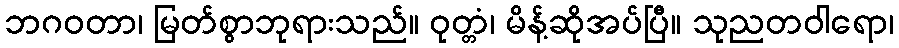
ဘဂဝတာ၊ မြတ်စွာဘုရားသည်။ ဝုတ္တံ၊ မိန့်ဆိုအပ်ပြီ။ သုညတဝါရော၊